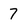
Character: 7